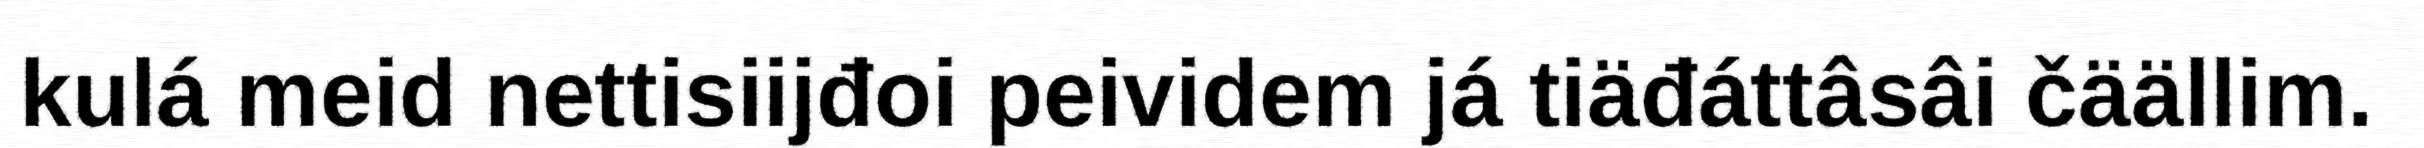
kulá meid nettisiijđoi peividem já tiäđáttâsâi čäällim.